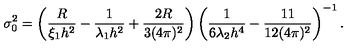
\sigma _ { 0 } ^ { 2 } = \left( \frac { R } { \xi _ { 1 } h ^ { 2 } } - \frac { 1 } { \lambda _ { 1 } h ^ { 2 } } + \frac { 2 R } { 3 ( 4 \pi ) ^ { 2 } } \right) \left( \frac { 1 } { 6 \lambda _ { 2 } h ^ { 4 } } - \frac { 1 1 } { 1 2 ( 4 \pi ) ^ { 2 } } \right) ^ { - 1 } .